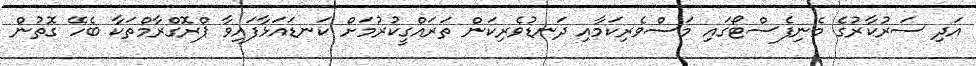
އަދި ސަރުކާރުގެ މެނިފެސްޓޯގައި މަސްވެރިކަމާއި ދަނޑުވެރިކަން ތަރައްގީކުރުމަށް ކަނޑައަޅާފައިވާ ޕްރޮގްރާމްތަކާ ބެހޭ ގޮތުން